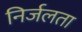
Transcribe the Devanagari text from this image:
निर्जलता